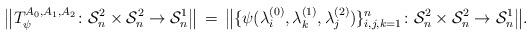
LaTeX: \begin{align*}\bigl\Vert T_\psi^{A_0,A_1,A_2}\colon \mathcal S^2_n\times\mathcal S^2_n\to \mathcal S^1_n \bigr\Vert\,=\,\bigl\Vert \{\psi(\lambda_i^{(0)}, \lambda_k^{(1)},\lambda_j^{(2)})\}_{i,j,k=1}^n\colon \mathcal S^2_n\times\mathcal S^2_n\to \mathcal S^1_n \bigr\Vert.\end{align*}